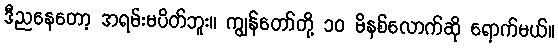
ဒီညနေတော့ အရမ်းမပိတ်ဘူး။ ကျွန်တော်တို့ ၁၀ မိနစ်လောက်ဆို ရောက်မယ်။